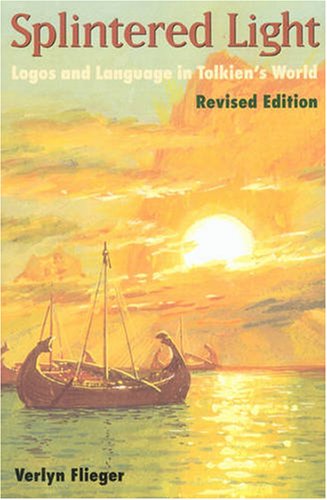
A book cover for Splintered Light: Logos and Language in Tolkien's World; Verlyn Flieger; Science Fiction & Fantasy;